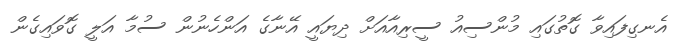
އެނގިފައިވާ ގޮތުގައި މުންސިއު ސީރިއާއަށް ދިޔައީ އޭނާގެ އަންހެނުން ސުމާ އަލީ ގޮވައިގެން